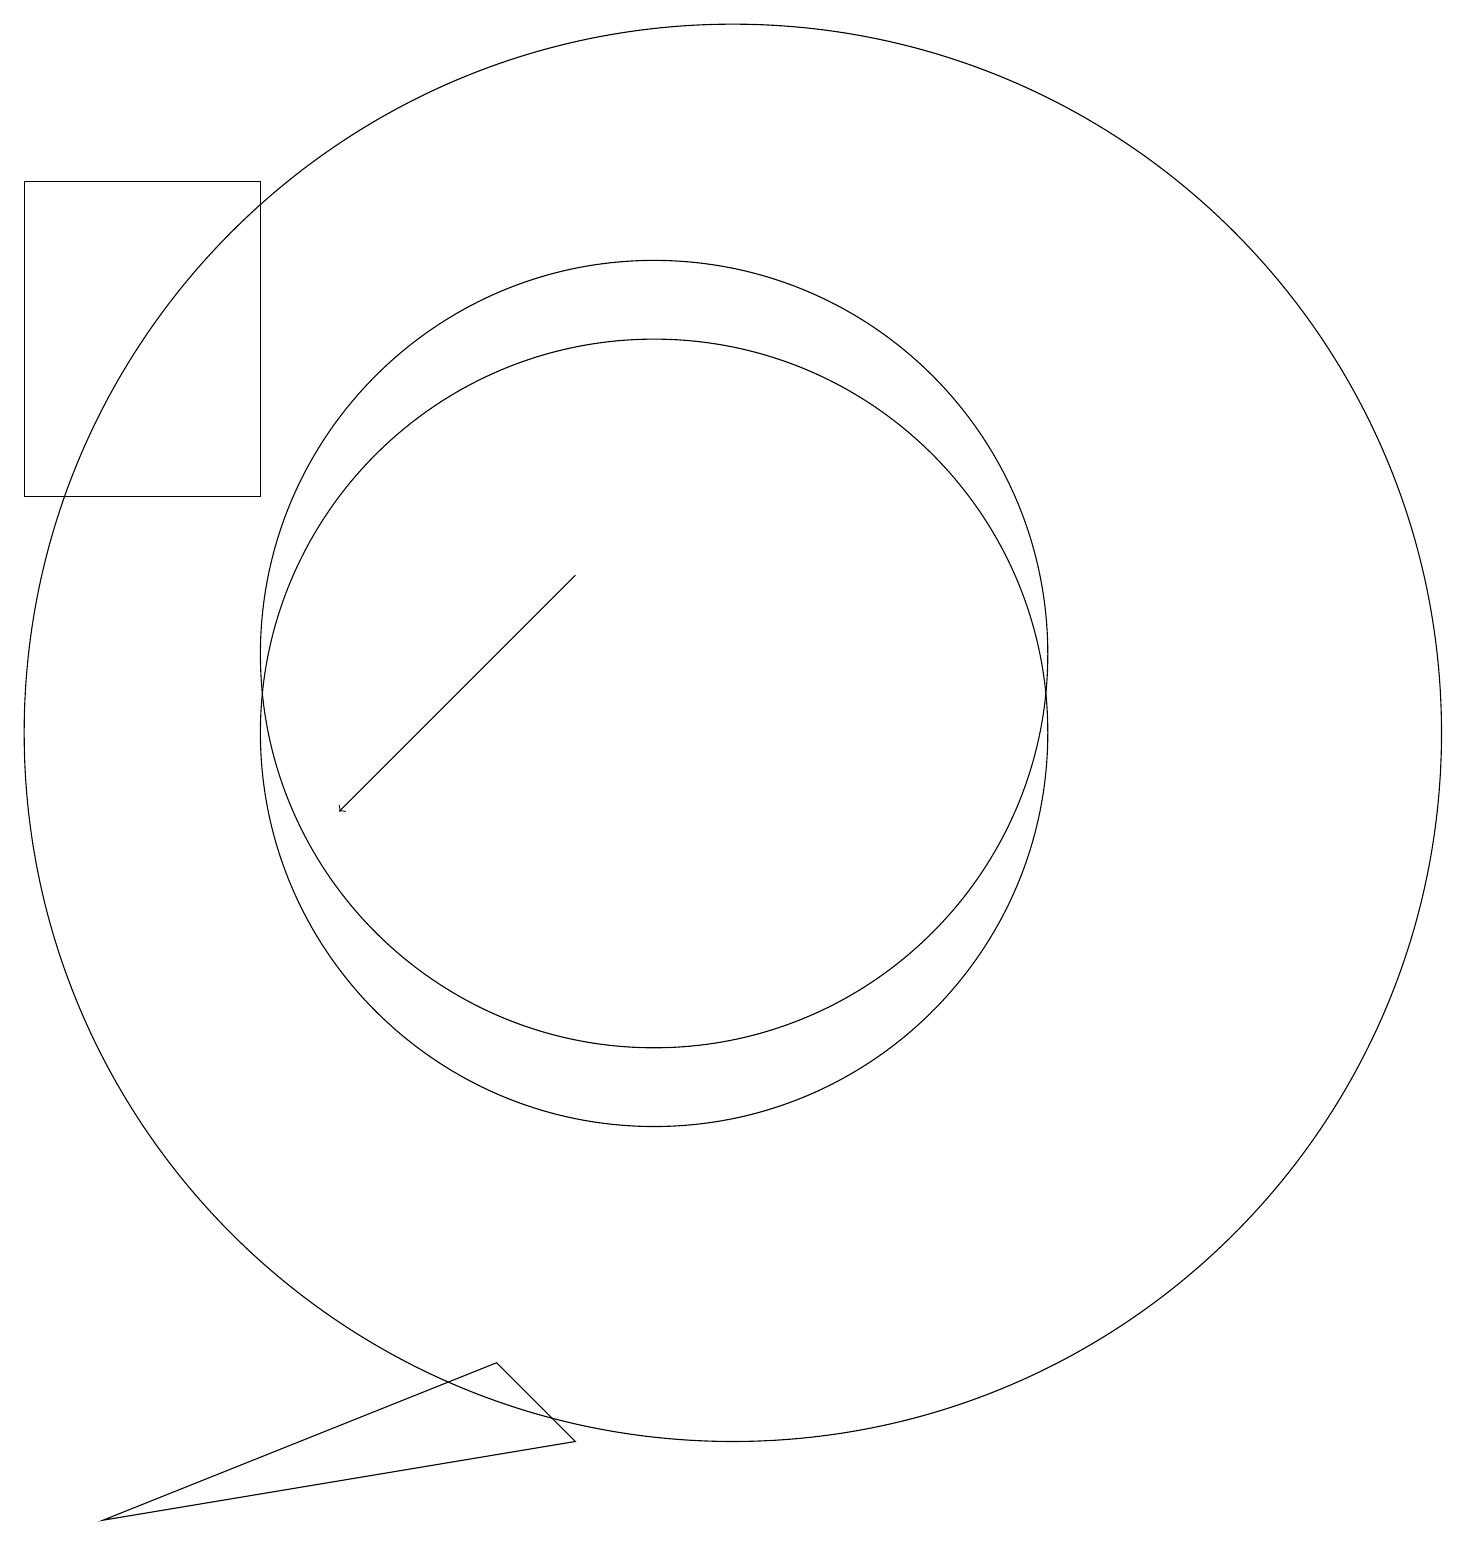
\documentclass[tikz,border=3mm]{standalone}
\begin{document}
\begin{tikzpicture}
\draw (10,11) circle (5);
\draw (2,14) rectangle (5,18);
\draw[->] (9,13) -- (6,10);
\draw (8,3) -- (3,1) -- (9,2) -- cycle;
\draw (10,12) circle (5);
\draw (11,11) circle (9);
\draw (11,10) circle (0);
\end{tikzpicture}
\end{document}